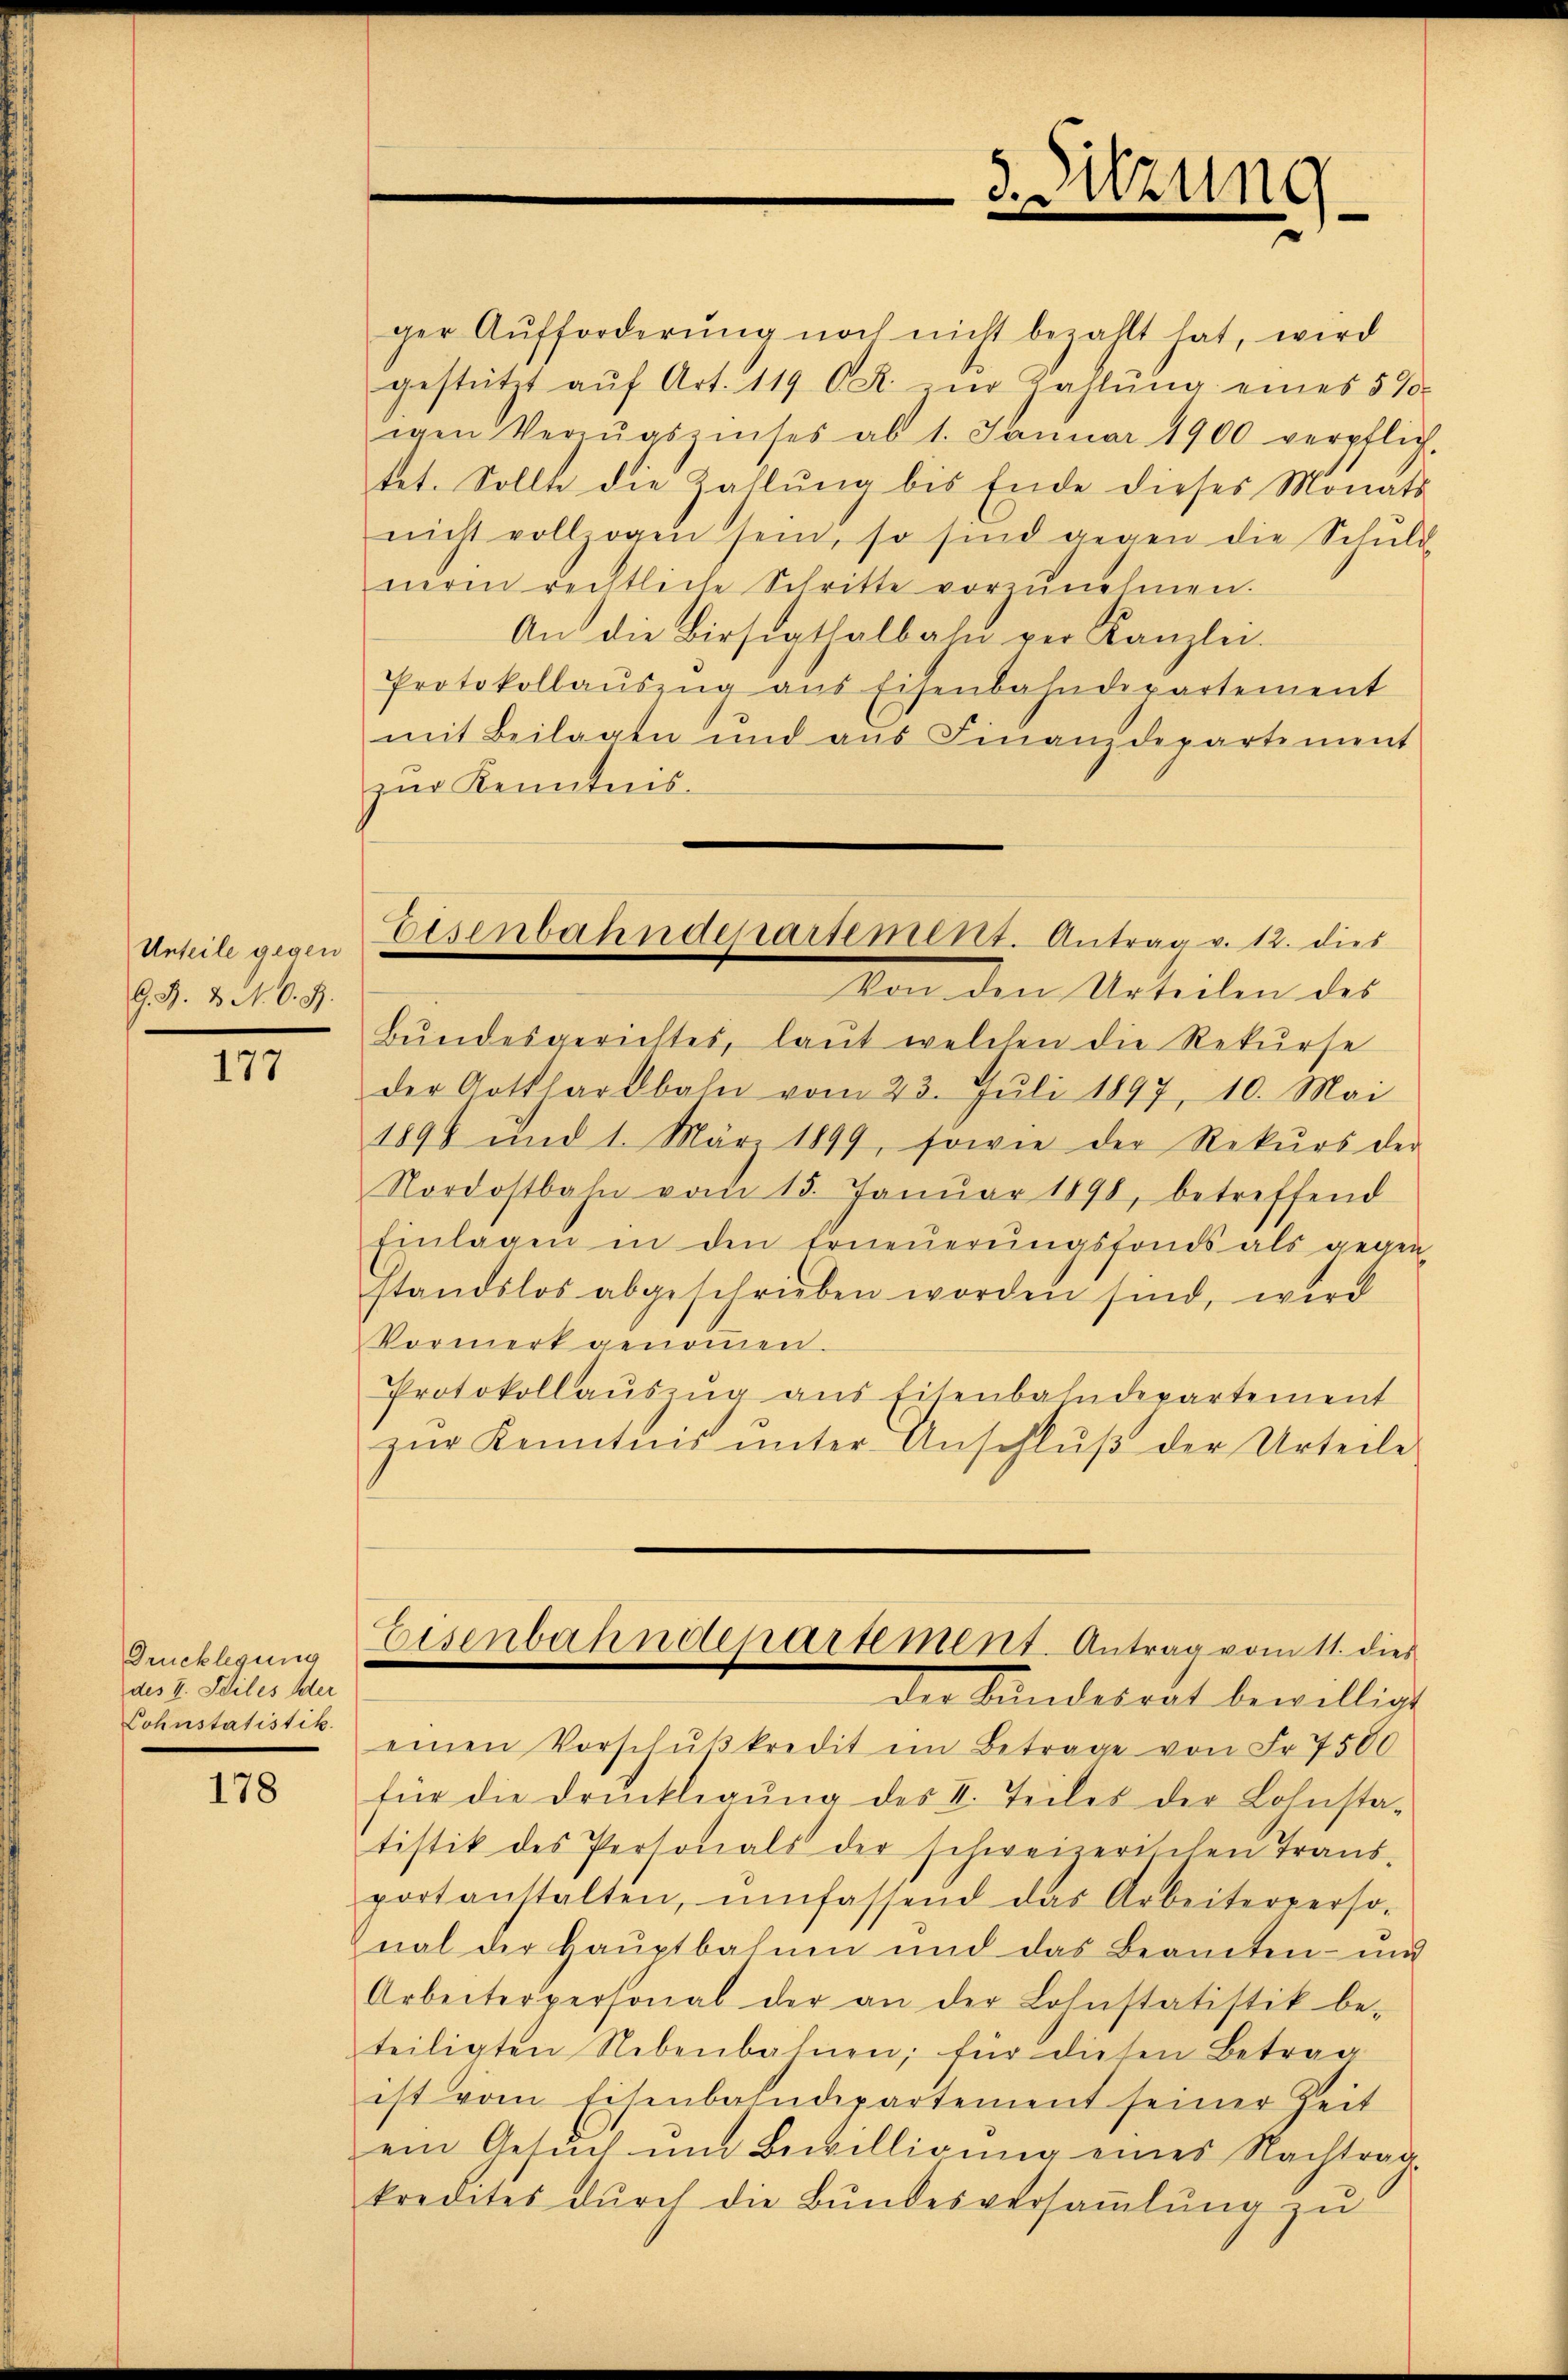
Unteile gegen
G. B. 3. N. O. S.

177

Drucklegung
des I. Seiles der
Lohnstatistik.

178

Eisenbahnderartement. Antrag v. 12. dies
Von den Urteilen des

ger Aufforderung noch nicht bezahlt hat, wird
gestützt aŭf Art. 119 OR. in Zahlŭng eines 570
igen Verzŭgszinses ab 1. Januar 1900 verpflich-
tet. Sollte die Zahlŭng bis Ende dieses Monats
nicht vollzogen sein, so sind gegen die Schŭld
neren rechtliche Schritte vorzŭnehmen.
An die Birstathalbahn ver Kanzlei.
Protokollaŭszŭg aŭs Eisenbahndepartement
mit Beilagen und aŭs Finanzdepartement
zur Kenntnis
Bŭndesgerichtes, laŭt welchen die Rekŭrse
der Gotthardbahn vom 23. Jŭli 1897, 10. Mai
1898 und 1. März 1899, sowie der Rekŭrs der
Nordostbahn vom 15. Janŭar 1898, betreffend
Einlagen in den Erneŭerŭngsfonds als gegen
standslos abgeschrieben worden sind, wird
Vormerk genoṁen.
Protokollauszug aus Eisenbahndepartement
zŭr Kenntnis ŭnter Anschlŭβ der Urteile
Eisenbahnderartement. Antrag vom 11. dies
der Sandesrat bewilligt
einen Vorschŭβkredit im Betrage von Fr. 7500
für die drŭckligŭng des II. Teiles der Lohnsta-
tistik des Personals der schweizerischen Trans-
portanstalten, umfassend das Arbeiterperso-
nal der Haŭptbahnen und das Beamten- und
Arbeiterpersonal der an der Lohnstatistik be-
teiligten Nebenbahnen; für diesen Betrag
ist vom Eisenbahndepartement seiner Zeit
ein Gesŭch ŭm Bewilligŭng eines Nachtrag.
kredites dŭrch die Bŭndesversaṁlŭng zŭ

3. Sitzung